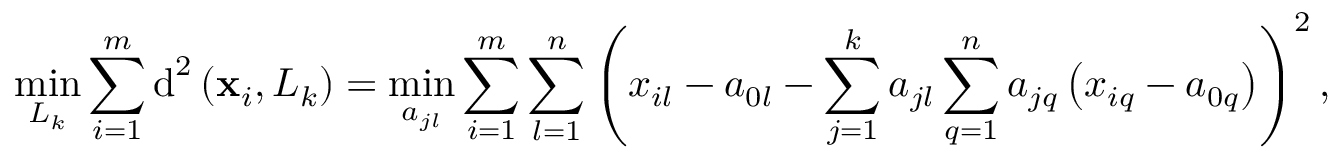
\displaystyle \operatorname* { m i n } _ { L _ { k } } \sum _ { i = 1 } ^ { m } \operatorname { d } ^ { 2 } \left( { \bf { x } } _ { i } , L _ { k } \right) = \displaystyle \operatorname* { m i n } _ { a _ { j l } } \sum _ { i = 1 } ^ { m } \sum _ { l = 1 } ^ { n } \left( x _ { i l } - a _ { 0 l } - \sum _ { j = 1 } ^ { k } a _ { j l } \sum _ { q = 1 } ^ { n } a _ { j q } \left( x _ { i q } - a _ { 0 q } \right) \right) ^ { 2 } ,